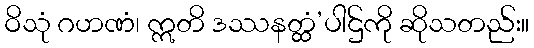
ဝိသုံ ဂဟဏံ၊ ဣတိ ဒဿနတ္ထံ’ပါဌ်ကို ဆိုသတည်း။